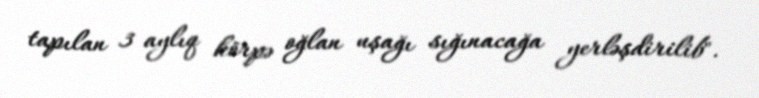
tapılan 3 aylıq körpə oğlan uşağı sığınacağa yerləşdirilib".